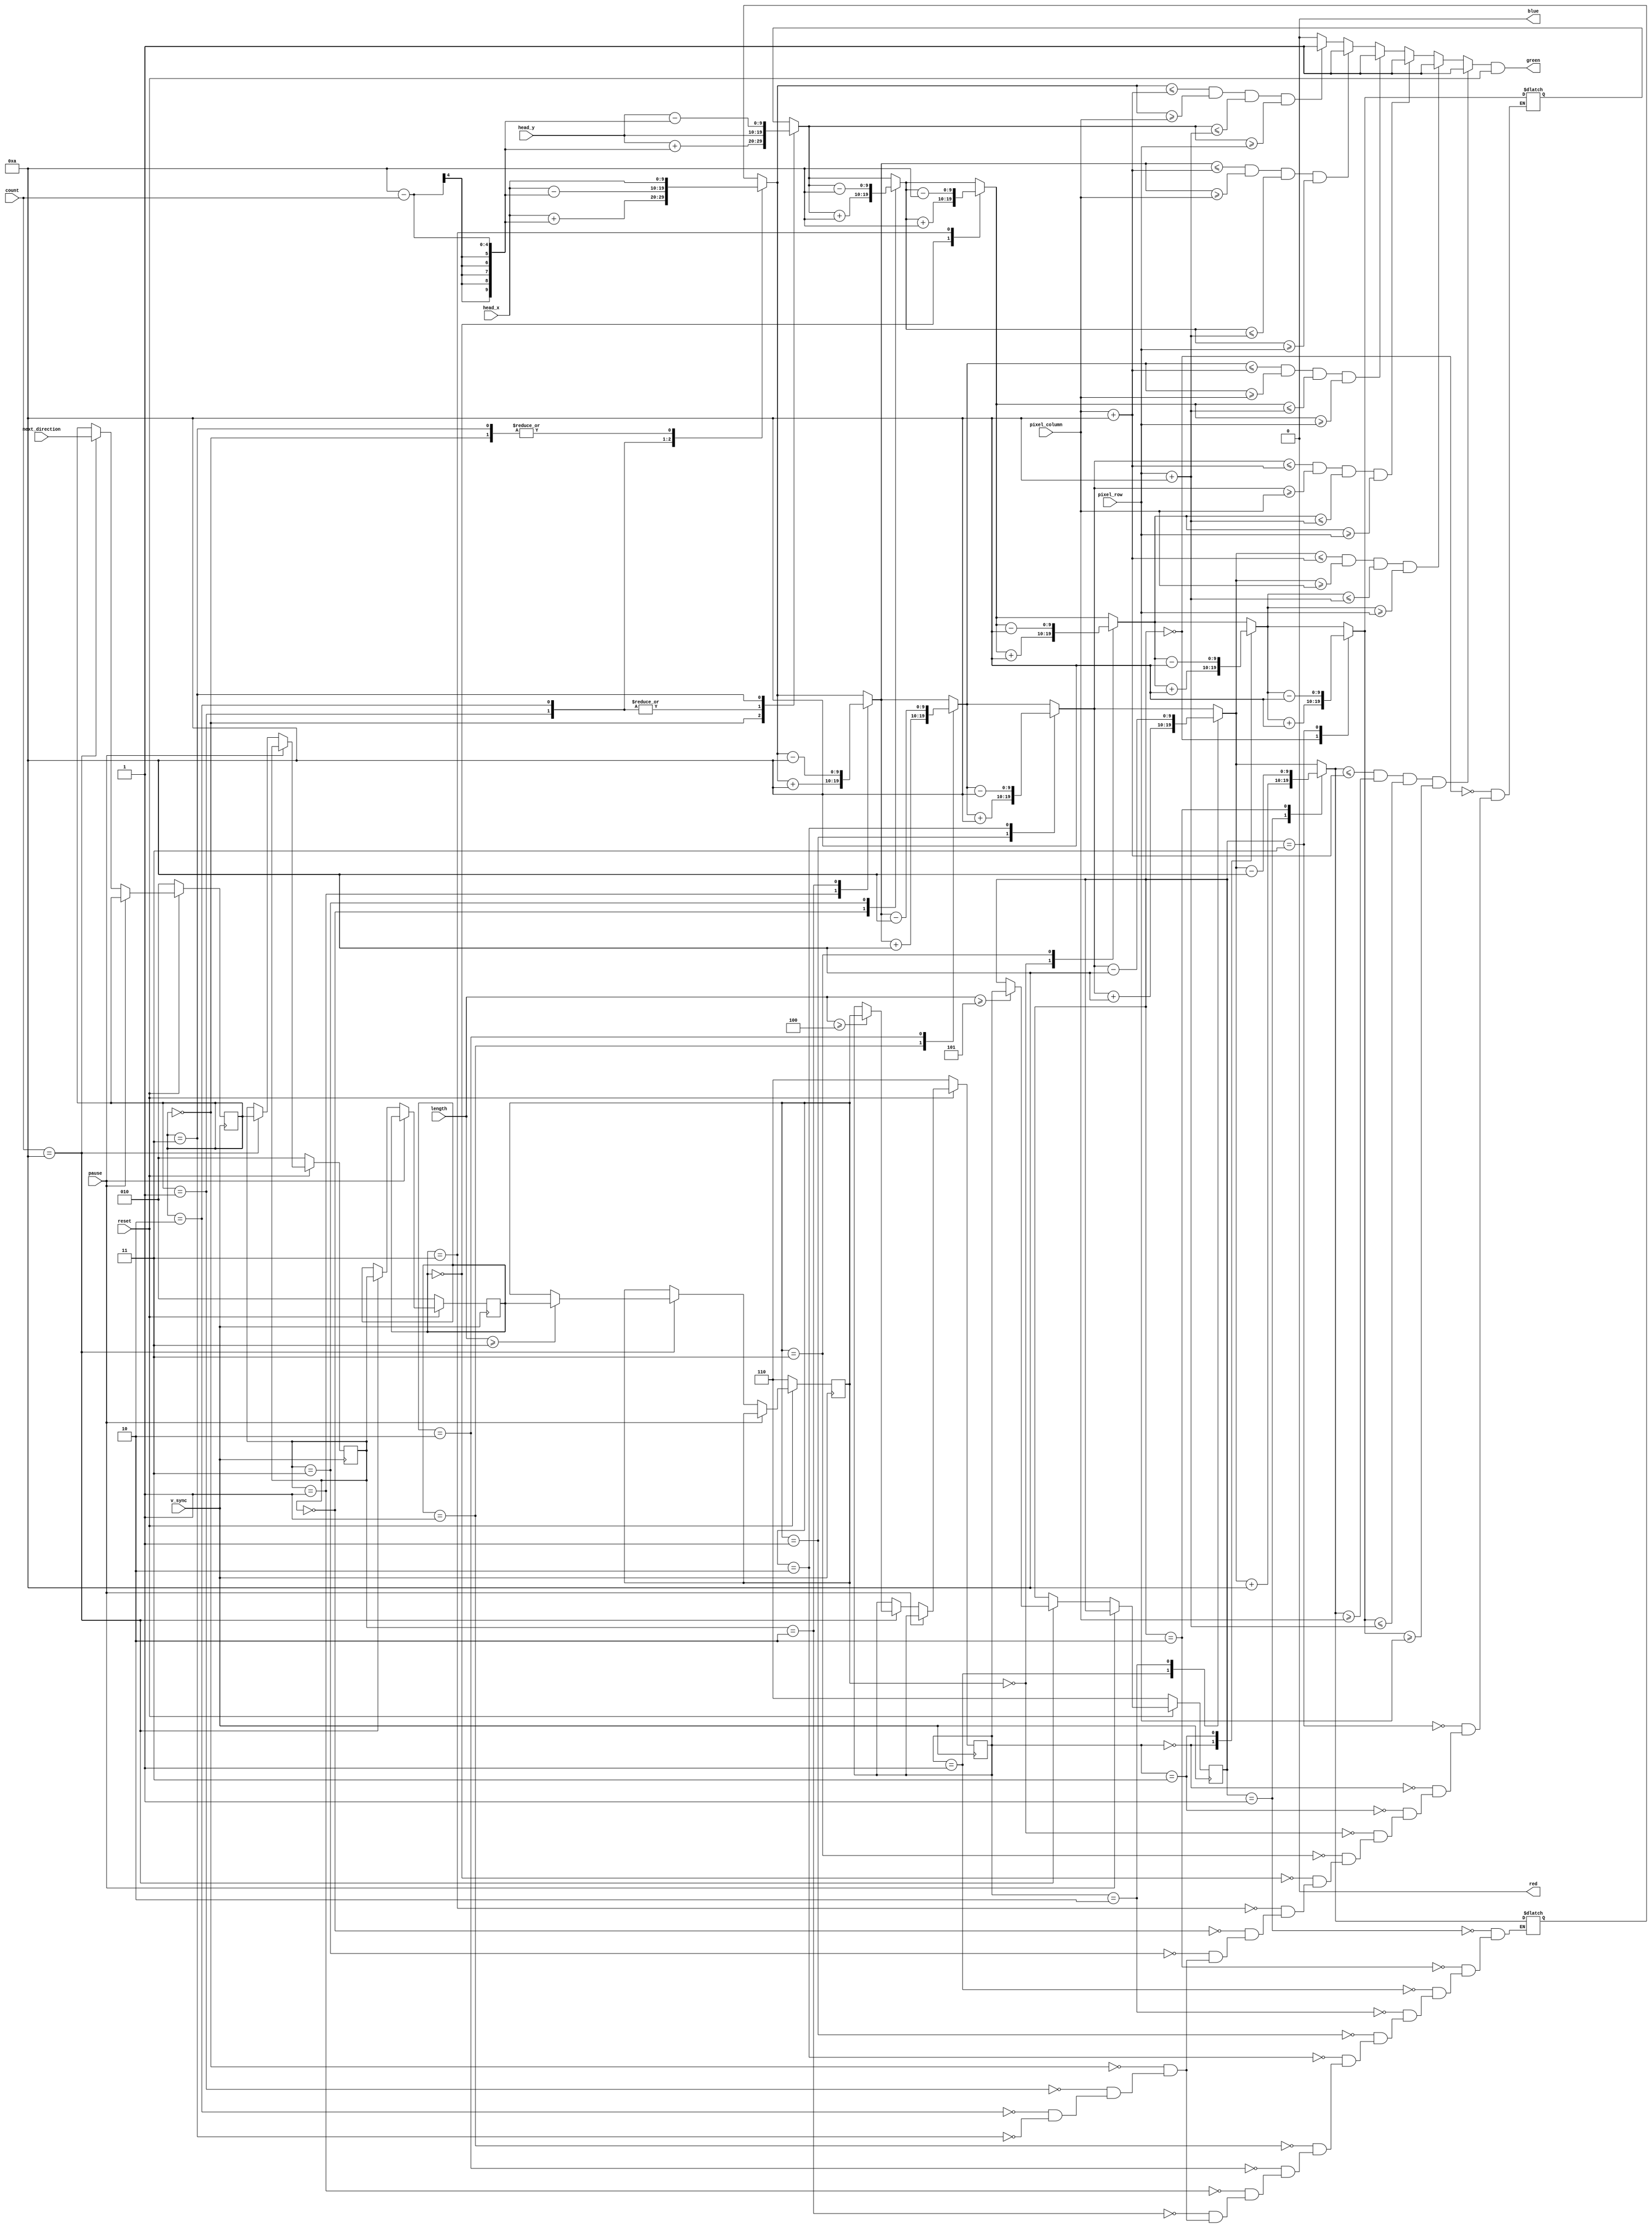
module body(
  input [9:0] pixel_row, pixel_column,
  input [12:0] length,
  input [9:0] head_x, head_y,
  input pause,
  input reset,
  //input head_death,
  input [2:0] next_direction,
  input v_sync,
  input [3:0] count,
  output red, green, blue
);

wire [9:0] size;
reg [9:0] trail_y_pos;
reg [2:0] trail[1000:0];
//reg [5:0] grid_x;
//wire [9:0] link_y_pos;
reg [9:0] trail_x_pos;
reg link_on;
reg [2:0] next_dir_zero;
integer i;

assign size = 10'b0000001010; // Link Size

assign red = 1'b0;
assign green = link_on & reset;
assign blue = 1'b0;

always @ (*) begin
    case(trail[0])
            3'b000 : begin // UP
                            trail_y_pos = head_y + (size - count);
                            trail_x_pos = head_x;
                    end
            3'b001 : begin // LEFT
                            trail_y_pos = head_y;
                            trail_x_pos = head_x + (size - count);
                    end
            3'b010 : begin // RIGHT
                            trail_y_pos = head_y;
                            trail_x_pos = head_x - (size - count);
                    end
            3'b011 : begin // DOWN
                            trail_y_pos = head_y - (size - count);
                            trail_x_pos = head_x;
                    end
            default: begin
                        trail_y_pos = trail_y_pos;
                        trail_x_pos = trail_x_pos;
                end
        endcase
            if ((trail_x_pos <= (pixel_column + size)) && (trail_x_pos >= pixel_column) && (trail_y_pos <= (pixel_row + size)) && (trail_y_pos >= pixel_row)) begin    
                link_on = 1'b1;
            end else begin
                link_on = 1'b0;
            end
            
        case(trail[1])
            3'b000 : begin // UP
                            trail_y_pos = trail_y_pos + size;
                            trail_x_pos = trail_x_pos;
                    end
            3'b001 : begin // LEFT
                            trail_y_pos = trail_y_pos;
                            trail_x_pos = trail_x_pos + size;
                    end
            3'b010 : begin // RIGHT
                            trail_y_pos = trail_y_pos;
                            trail_x_pos = trail_x_pos - size;
                    end
            3'b011 : begin // DOWN
                            trail_y_pos = trail_y_pos - size;
                            trail_x_pos = trail_x_pos;
                    end
            default: begin
                        trail_y_pos = trail_y_pos;
                        trail_x_pos = trail_x_pos;
                end
        endcase
            if ((trail_x_pos <= (pixel_column + size)) && (trail_x_pos >= pixel_column) && (trail_y_pos <= (pixel_row + size)) && (trail_y_pos >= pixel_row)) begin    
                link_on = 1'b1;
            end
        case(trail[2])
            3'b000 : begin // UP
                            trail_y_pos = trail_y_pos + size;
                            trail_x_pos = trail_x_pos;
                    end
            3'b001 : begin // LEFT
                            trail_y_pos = trail_y_pos;
                            trail_x_pos = trail_x_pos + size;
                    end
            3'b010 : begin // RIGHT
                            trail_y_pos = trail_y_pos;
                            trail_x_pos = trail_x_pos - size;
                    end
            3'b011 : begin // DOWN
                            trail_y_pos = trail_y_pos - size;
                            trail_x_pos = trail_x_pos;
                    end
            default: begin
                        trail_y_pos = trail_y_pos;
                        trail_x_pos = trail_x_pos;
                end
        endcase
            if ((trail_x_pos <= (pixel_column + size)) && (trail_x_pos >= pixel_column) && (trail_y_pos <= (pixel_row + size)) && (trail_y_pos >= pixel_row)) begin    
                link_on = 1'b1;
            end
        case(trail[3])
            3'b000 : begin // UP
                            trail_y_pos = trail_y_pos + size;
                            trail_x_pos = trail_x_pos;
                    end
            3'b001 : begin // LEFT
                            trail_y_pos = trail_y_pos;
                            trail_x_pos = trail_x_pos + size;
                    end
            3'b010 : begin // RIGHT
                            trail_y_pos = trail_y_pos;
                            trail_x_pos = trail_x_pos - size;
                    end
            3'b011 : begin // DOWN
                            trail_y_pos = trail_y_pos - size;
                            trail_x_pos = trail_x_pos;
                    end
            default: begin
                        trail_y_pos = trail_y_pos;
                        trail_x_pos = trail_x_pos;
                end
        endcase
            if ((trail_x_pos <= (pixel_column + size)) && (trail_x_pos >= pixel_column) && (trail_y_pos <= (pixel_row + size)) && (trail_y_pos >= pixel_row)) begin    
                link_on = 1'b1;
            end
        case(trail[4])
            3'b000 : begin // UP
                            trail_y_pos = trail_y_pos + size;
                            trail_x_pos = trail_x_pos;
                    end
            3'b001 : begin // LEFT
                            trail_y_pos = trail_y_pos;
                            trail_x_pos = trail_x_pos + size;
                    end
            3'b010 : begin // RIGHT
                            trail_y_pos = trail_y_pos;
                            trail_x_pos = trail_x_pos - size;
                    end
            3'b011 : begin // DOWN
                            trail_y_pos = trail_y_pos - size;
                            trail_x_pos = trail_x_pos;
                    end
            default: begin
                        trail_y_pos = trail_y_pos;
                        trail_x_pos = trail_x_pos;
                end
        endcase
            if ((trail_x_pos <= (pixel_column + size)) && (trail_x_pos >= pixel_column) && (trail_y_pos <= (pixel_row + size)) && (trail_y_pos >= pixel_row)) begin    
                link_on = 1'b1;
            end
        case(trail[5])
            3'b000 : begin // UP
                            trail_y_pos = trail_y_pos + size;
                            trail_x_pos = trail_x_pos;
                    end
            3'b001 : begin // LEFT
                            trail_y_pos = trail_y_pos;
                            trail_x_pos = trail_x_pos + size;
                    end
            3'b010 : begin // RIGHT
                            trail_y_pos = trail_y_pos;
                            trail_x_pos = trail_x_pos - size;
                    end
            3'b011 : begin // DOWN
                            trail_y_pos = trail_y_pos - size;
                            trail_x_pos = trail_x_pos;
                    end
            default: begin
                        trail_y_pos = trail_y_pos;
                        trail_x_pos = trail_x_pos;
                end
        endcase
            if ((trail_x_pos <= (pixel_column + size)) && (trail_x_pos >= pixel_column) && (trail_y_pos <= (pixel_row + size)) && (trail_y_pos >= pixel_row)) begin    
                link_on = 1'b1;
            end
end

always @ (posedge v_sync) begin
    
    if (reset) begin // SW0 High
        if (!pause) begin
            if (count == 4'b1010) begin
                if (length >= 12'h005) trail[5] = trail[4];
                if (length >= 12'h004) trail[4] = trail[3];
                if (length >= 12'h003) trail[3] = trail[2];
                trail[2] = trail[1];
                trail[1] = trail[0];
                trail[0] = next_direction;
            end
        end
    end else begin // SW0 Low
        trail[0] = 3'b010;
        trail[1] = 3'b010;
        trail[2] = 3'b010;
        for (i = 3; i <= 1000; i = i + 1) begin
            trail[i] = 3'b110;
        end
    end
end

endmodule